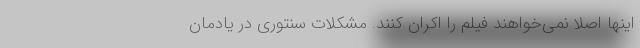
اینها اصلا نمی‌خواهند فیلم را اکران کنند. مشکلات سنتوری در یادمان